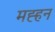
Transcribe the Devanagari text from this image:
मह्हन